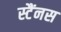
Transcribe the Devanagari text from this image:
स्टैंनस